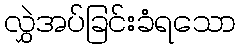
လွှဲအပ်ခြင်းခံရသော